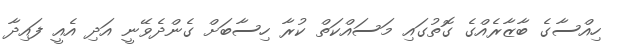
ހިއްސާގެ ބާޒާރެއްގެ ގޮތުގައި މަސައްކަތް ކުރާ ހިސާބަށް ގެންދެވޭނީ އަދި އެއީ ފައިދާ